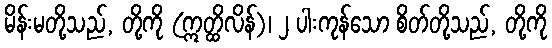
မိန်းမတို့သည်, တို့ကို (ဣတ္ထိလိန်)၊ ၂ ပါးကုန်သော စိတ်တို့သည်, တို့ကို